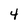
Character: 4